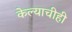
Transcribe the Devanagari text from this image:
केल्याचीही